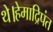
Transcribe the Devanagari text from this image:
थे।हेमाद्रिपंत